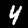
Label: 4